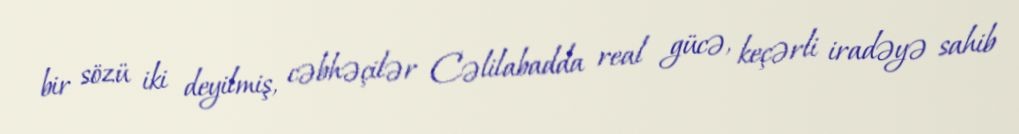
bir sözü iki deyilmiş, cəbhəçilər Cəlilabadda real gücə, keçərli iradəyə sahib